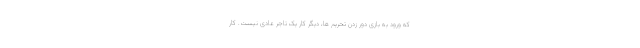
که ورود به بازی دور زدن تحریم ها، دیگر کار یک تاجر عادی نیست. کار